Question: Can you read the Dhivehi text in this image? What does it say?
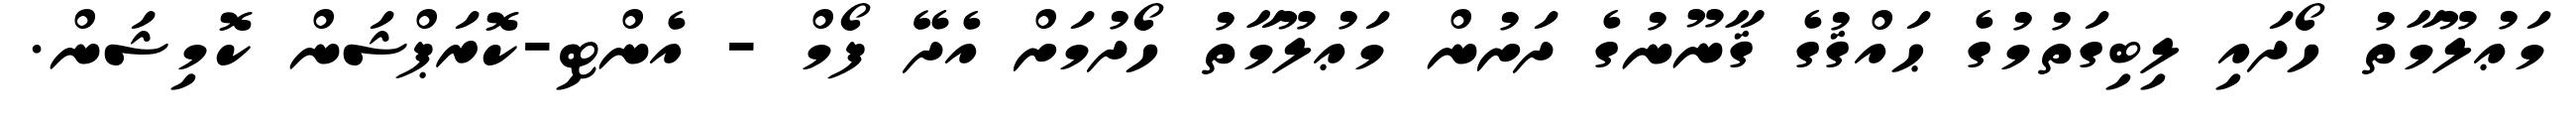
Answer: މަޢުލޫމާތު ހޯދައި ލިބިގަތުމުގެ ޙައްޤުގެ ޤާނޫނުގެ ދަށުން މަޢުލޫމާތު ހޯދުމަށް އެދޭ ފޯމް - އެންޓި-ކޮރަޕްޝަން ކޮމިޝަން.